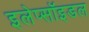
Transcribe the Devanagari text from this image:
इलेप्सॉइडल